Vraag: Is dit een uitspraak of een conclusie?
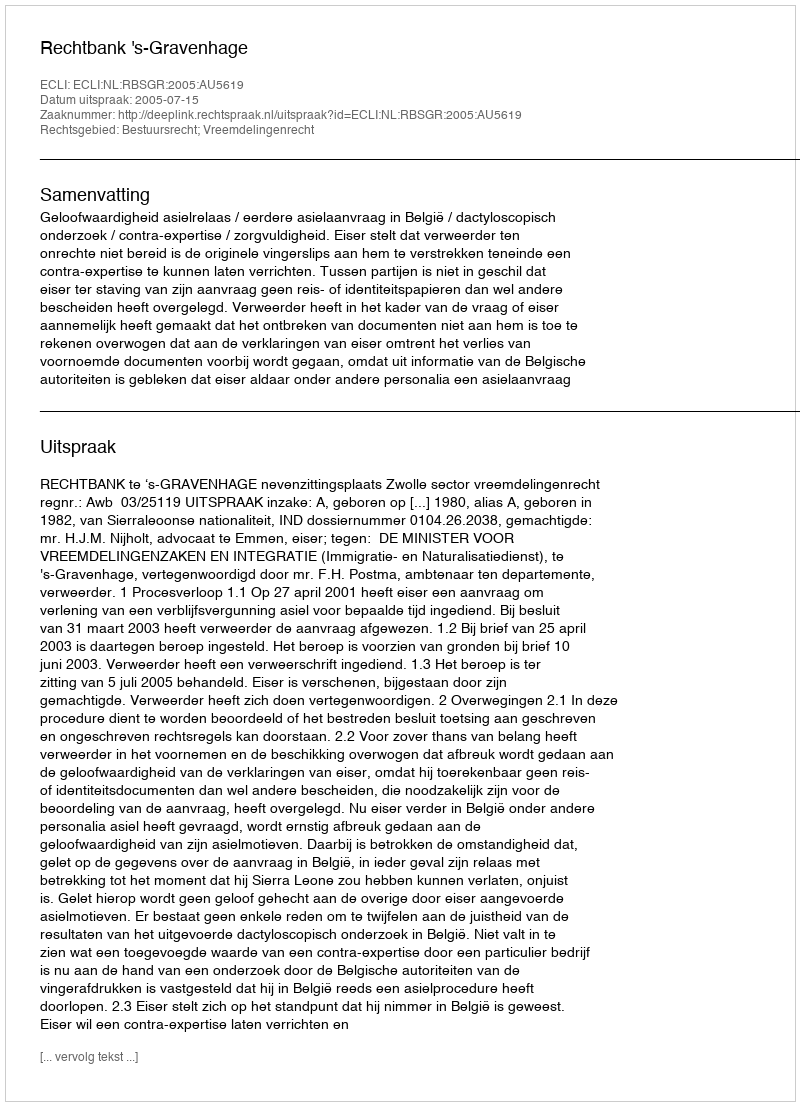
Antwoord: Uitspraak